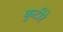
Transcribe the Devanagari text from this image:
कुटीरे